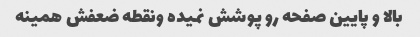
بالا و پایین صفحه رو پوشش نمیده ونقطه ضعفش همینه